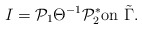
\begin{align*}I=\mathcal P_1\Theta^{-1}{\mathcal P_2^*}\mbox{on}\,\,\tilde \Gamma.\end{align*}